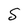
Character: S